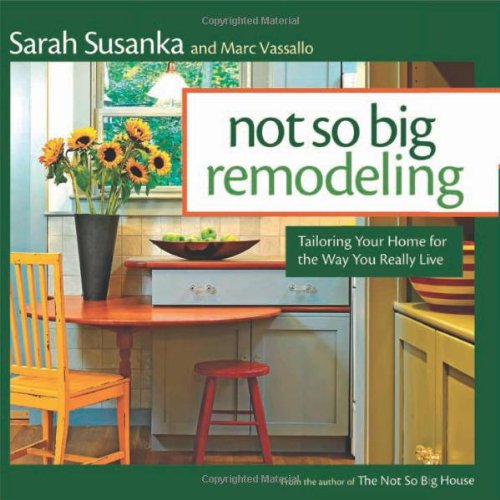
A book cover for Not So Big Remodeling: Tailoring Your Home for the Way You Really Live; Sarah Susanka; Crafts, Hobbies & Home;